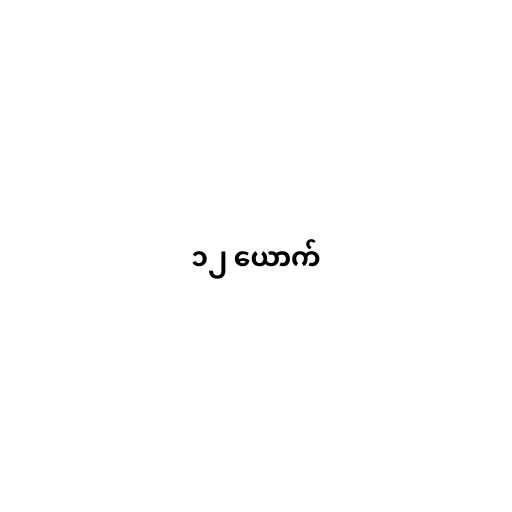
၁၂ ယောက်